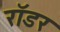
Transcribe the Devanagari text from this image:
रॉडर